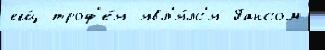
ещ́ троф'е́я явл'я́лс'я Гансом